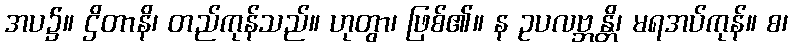
အပ၌။ ဌိတာနိ၊ တည်ကုန်သည်။ ဟုတွာ၊ ဖြစ်၏။ န ဥပလဗ္ဘန္တိ၊ မရအပ်ကုန်။ စ၊